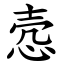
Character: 悫